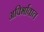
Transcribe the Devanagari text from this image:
अविर्भावात